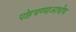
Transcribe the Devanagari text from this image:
पोहचण्याआधीच